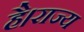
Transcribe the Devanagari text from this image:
है।राज्य